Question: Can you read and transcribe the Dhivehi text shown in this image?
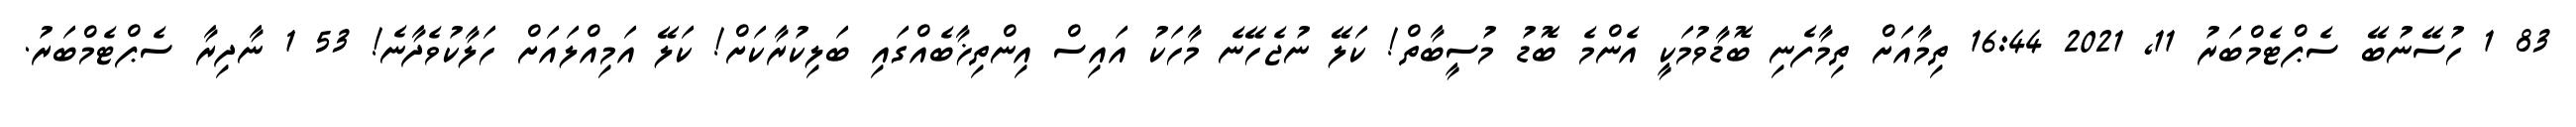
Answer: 83 1 ހުސޭނުބޭ ސެޕްޓެމްބަރު 11, 2021 16:44 ތިމާއަށް ތިމާފެނި ބޮޑާވުމަކީ އެންމެ ބޮޑު މުސީބާތް! ކަލޭ ނުޖެހޭނެ މާހަކު އައިސް އިންތިޚާބެއްގައި ބަލިކުރާކަށް! ކަލޭ އަމިއްލައަށް ހަލާކުވެދާނެ! 53 1 ނާދިރާ ސެޕްޓެމްބަރު.